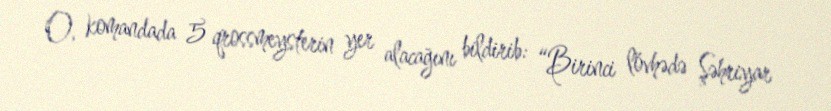
O, komandada 5 qrossmeysterin yer alacağını bildirib: “Birinci lövhədə Şəhriyar